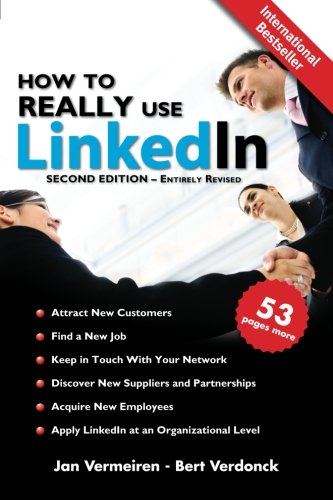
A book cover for How to REALLY use LinkedIn (Second Edition - Entirely Revised): Discover the true power of LinkedIn and how to leverage it for your business and career.; Jan Vermeiren; Computers & Technology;